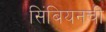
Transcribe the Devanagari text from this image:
सिंबियनची